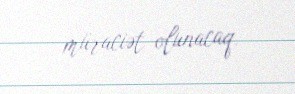
müraciət olunacaq.